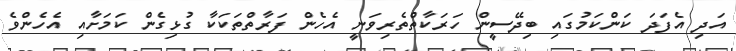
އަދި އެފަދަ ކަންކަމުގައި ބިދޭސީން ހަރަކާތްތެރިވަނީ އެހެން ފަރާތްތަކަކާ ގުޅިގެން ކަމަށާއި އެހެންވެ